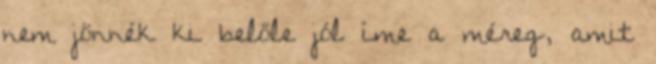
nem jönnék ki belőle jól íme a méreg, amit